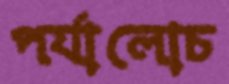
পর্যালোচ